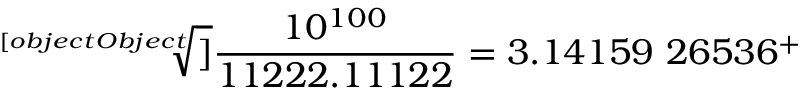
{ \sqrt [ [object Object] ] { \frac { 1 0 ^ { 1 0 0 } } { 1 1 2 2 2 . 1 1 1 2 2 } } } = 3 . 1 4 1 5 9 \ 2 6 5 3 6 ^ { + }